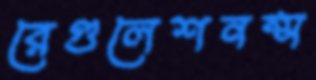
রেগুলেশনন্স